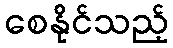
စေနိုင်သည့်